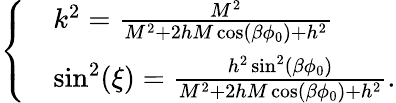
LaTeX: \left\{ \begin{array}{ll}{{}}&{{k^{2}=\frac{M^{2}}{M^{2}+2hM\cos(\beta\phi_{0})+h^{2}}}}\\ {{}}&{{\sin^{2}(\xi)=\frac{h^{2}\sin^{2}(\beta\phi_{0})}{M^{2}+2hM\cos(\beta\phi_{0})+h^{2}}.}}\end{array}\right.